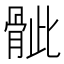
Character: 骴